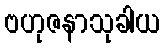
ဗဟုဇနာသုခါယ